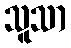
သူသာ